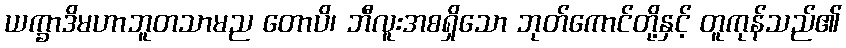
ယက္ခာဒိမဟာဘူတသာမည တောပိ၊ ဘီလူးအစရှိသော ဘုတ်ကောင်တို့နှင့် တူကုန်သည်၏